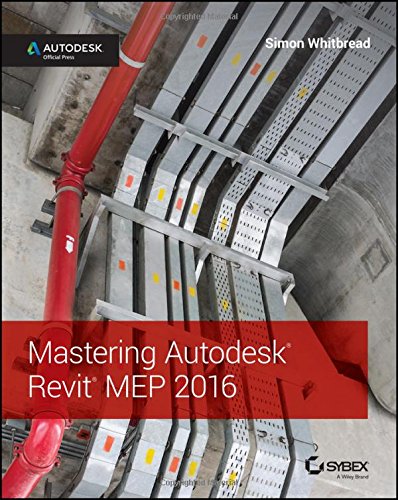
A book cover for Mastering Autodesk Revit MEP 2016: Autodesk Official Press; Simon Whitbread; Engineering & Transportation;